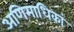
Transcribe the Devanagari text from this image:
अणिमाधिकां